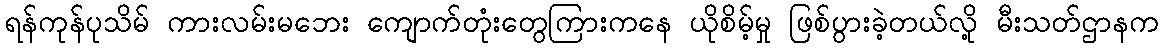
ရန်ကုန်ပုသိမ် ကားလမ်းမဘေး ကျောက်တုံးတွေကြားကနေ ယိုစိမ့်မှု ဖြစ်ပွားခဲ့တယ်လို့ မီးသတ်ဌာနက